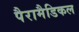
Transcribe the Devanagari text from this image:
पैरामैडिकल